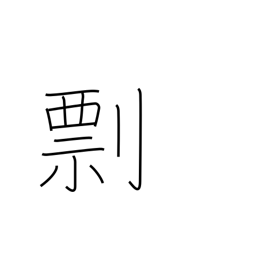
Meaning: threat